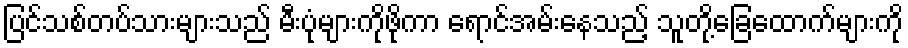
ပြင်သစ်တပ်သားများသည် မီးပုံများကိုဖိုကာ ရောင်အမ်းနေသည့် သူတို့ခြေထောက်များကို